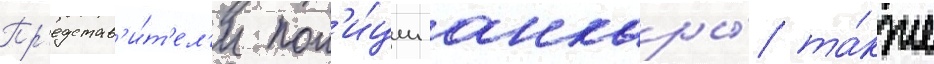
Пр'едстав'и́т'ел'и пол'и́ции анкары́ та́кже